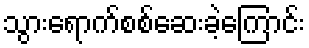
သွားရောက်စစ်ဆေးခဲ့ကြောင်း